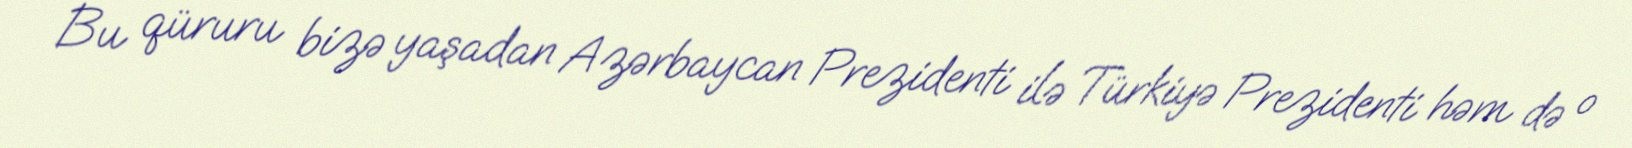
Bu qüruru bizə yaşadan Azərbaycan Prezidenti ilə Türkiyə Prezidenti həm də o